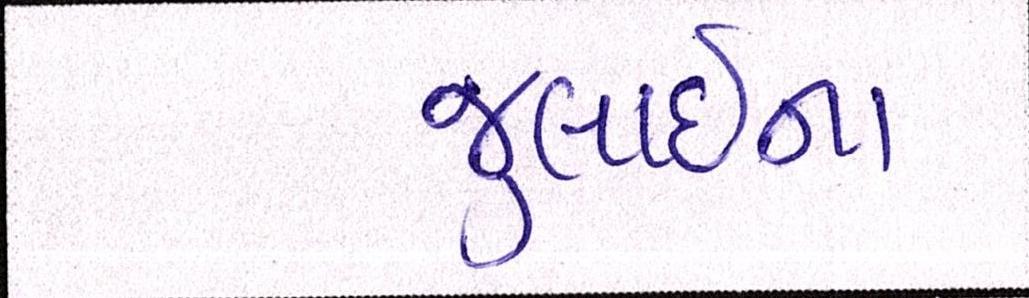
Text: જુલાઈના